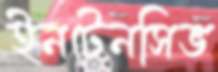
ইনটেনসিভ